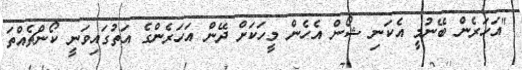
"އަހަރެން ބޭނުމީ އެކަނި ޝޯން އެހެން މީހަކަށް ދޭން އަހަރެންގެ އަތުގައިވަނީ ކޯންޗެއްތަ